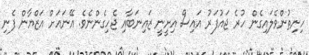
ހިނިތުންވެލައިގެން ހުރެ ޖައުފަރު އައިސް އިށީނީ ޒައިނަބާއި ޖެހިގެންނެވެ. އޭނައަށް އަޒްޔާން ފެނި